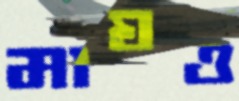
মাঘও